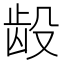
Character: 𲎧